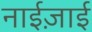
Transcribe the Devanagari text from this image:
नाईज़ाई